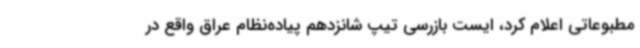
مطبوعاتی اعلام کرد، ایست بازرسی تیپ شانزدهم پیاده‌نظام عراق واقع در